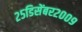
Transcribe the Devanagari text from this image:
२५डिसेंबर२००९